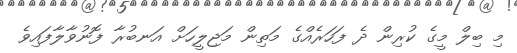
މި ބިލް މީގެ ކުރިން ދެ ފަހަރެއްގެ މަތިން މަޖިލީހަށް އަނބުރާ ފޮނުވާލާފައިވެ